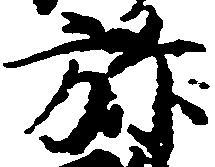
弥